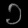
Digit: ၁